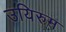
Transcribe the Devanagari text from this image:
उयिरुम